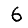
Digit: 6